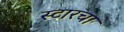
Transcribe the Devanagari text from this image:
स्टारचा